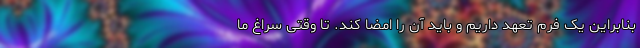
بنابراین یک فرم تعهد داریم و باید آن را امضا کند. تا وقتی سراغ ما